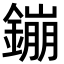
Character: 鏰